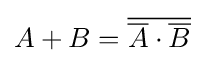
A+B={\overline {{\overline {A}}\cdot {\overline {B}}}}